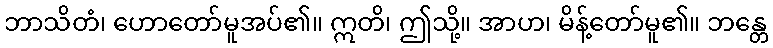
ဘာသိတံ၊ ဟောတော်မူအပ်၏။ ဣတိ၊ ဤသို့။ အာဟ၊ မိန့်တော်မူ၏။ ဘန္တေ